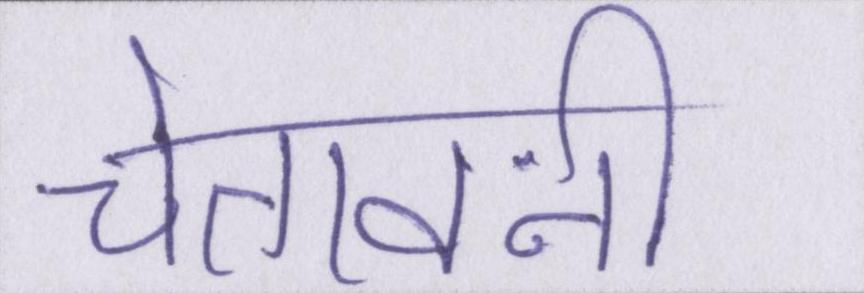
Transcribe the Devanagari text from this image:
चेतावनी